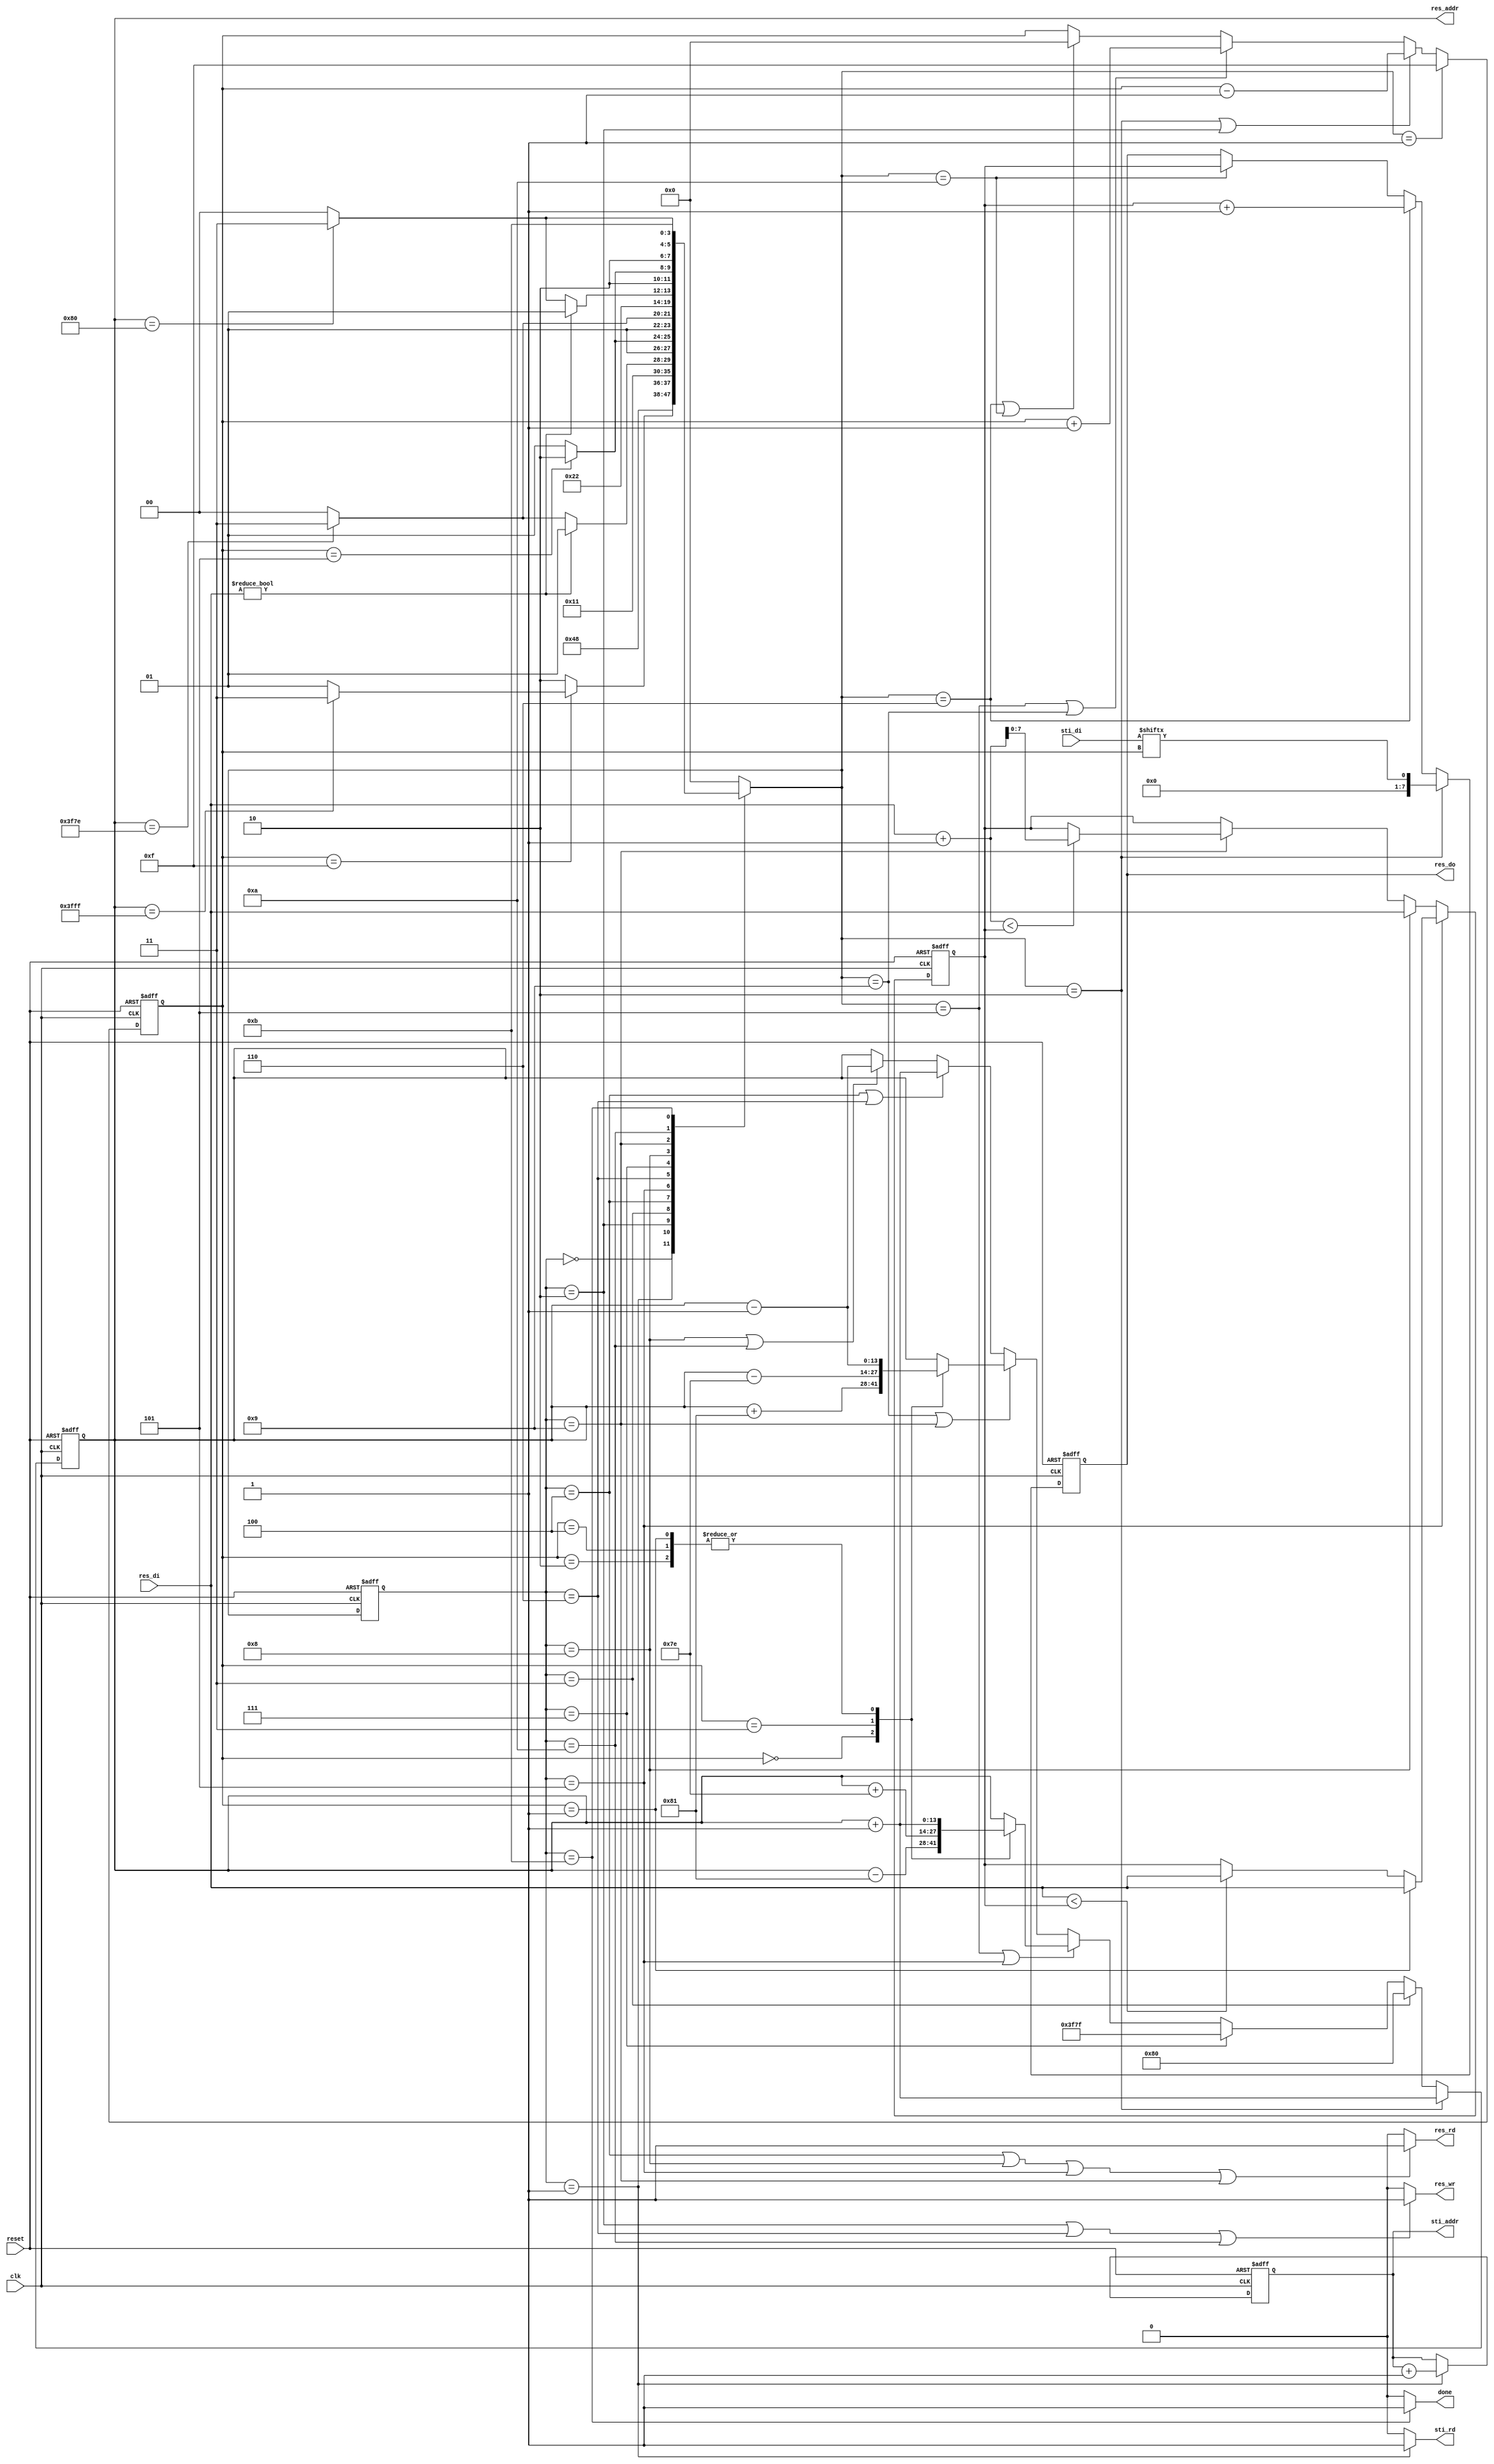
module DT(
	input 			clk, 
	input			reset,
	output	reg		done ,
	output	reg		sti_rd , 
	output	reg 	[9:0]	sti_addr , 
	input		[15:0]	sti_di, // databus for ROM to DT
	output	reg		res_wr , 
	output	reg		res_rd , 
	output	reg 	[13:0]	res_addr , 
	output	reg 	[7:0]	res_do, // databus for writing to RAM
	input		[7:0]	res_di // databus for reading RAM
	);

	reg [3:0] cs,ns,cnt;
	reg [7:0] min;
	
	parameter idle = 4'd0;
	parameter read = 4'd1; // read data from ROM
	parameter write = 4'd2; // save data to RAM
	parameter write_finish = 4'd3;
	parameter forward_read = 4'd4; // read data from RAM for forward
	parameter forward = 4'd5;
	parameter forward_write = 4'd6; // write data to RAM
	parameter forward_finish = 4'd7;
	parameter backward_read = 4'd8; // read data from RAM for backward
	parameter backward = 4'd9;
	parameter backward_write = 4'd10; // write data to RAM
	parameter finish = 4'd11;

	always @(posedge clk , negedge reset) begin
		if(!reset) cs <= idle;
		else cs <= ns;
	end

	always @(*) begin
		case(cs)

			idle: ns = read;

			read: ns = write;

			write: begin
				if(cnt == 15)
				begin
					if(res_addr == 14'd16383) ns = write_finish;
					else ns = read;
				end
				else ns = write;
			end

			write_finish: ns = forward_read;

			forward_read: begin
				if(res_di) ns = forward; // find the first one object
				else begin
					if(res_addr == 14'd16254) ns = forward_finish; // pass the outermost circle
					else ns = forward_read;
				end
			end

			forward: begin
				if(cnt == 5) ns = forward_write;
				else ns = forward;
			end

			forward_write: begin
				if(res_addr == 14'd16254) ns = forward_finish;
				else ns = forward_read;
			end

			forward_finish: ns = backward_read;

			backward_read: begin
				if(res_di) ns = backward;// find the first one object
				else begin
					if(res_addr == 14'd128) ns = finish; // pass the outermost circle
					else ns = backward_read;
				end
			end

			backward: begin
				if(cnt== 5) ns = backward_write;
				else ns = backward;
			end

			backward_write: begin
				if(res_addr == 14'd128) ns = finish;
				else ns = backward_read;
			end

			finish: ns = finish;

			default: ns = idle;

		endcase

	end

	always@(posedge clk or negedge reset)
	begin
		if(!reset) cnt <= 15;
		else if(ns == read) cnt <= 15;
		else if(ns == write || cs == write) cnt <= cnt - 1;
		else if(ns == forward || ns == backward) cnt <= cnt + 1;
		else if(ns == forward_write || ns == backward_write) cnt <= 0;
	end

	always @(*) begin // the signal of reading ROM 
		if (cs == read) sti_rd = 1;
		else sti_rd = 0;
	end

	always @(posedge clk , negedge reset) begin // ROM address
		if(!reset) sti_addr <= 0;
		else if (cs == read) sti_addr <= sti_addr + 1;
		else ;
	end

	always @(*) begin // the signal of writing to RAM
		if (cs == write || cs == forward_write || cs == backward_write) res_wr = 1;
		else res_wr = 0;
	end

	always @(*) begin // the signal of reading RAM
		if(cs == forward_read || cs == backward_read || cs == forward || cs == backward) res_rd = 1;
		else res_rd = 0;
	end

	always @(posedge clk , negedge reset) begin // RAM address
		if(!reset) res_addr <= 14'd16383; 
		else if (ns == write) res_addr <= res_addr + 1;
		else if (cs == write_finish) res_addr <= 128; // pass the outermost circle
		else if (cs == forward_finish) res_addr <= 14'd16255;
		else if (ns == forward || cs == forward) begin
			case(cnt)
			4'd0: res_addr <= res_addr - 129 ; // NW
			4'd1: res_addr <= res_addr + 1 ; // N
			4'd2: res_addr <= res_addr + 1; // NE
			4'd3: res_addr <= res_addr + 126; // W
			4'd4: res_addr <= res_addr + 1; // target
			endcase
		end

		else if (ns == backward || cs == backward) begin
			case(cnt)
			4'd0: res_addr <= res_addr + 129; // SE
			4'd1: res_addr <= res_addr - 1 ; // S
			4'd2: res_addr <= res_addr - 1 ; // SW
			4'd3: res_addr <= res_addr - 126 ; // E
			4'd4: res_addr <= res_addr - 1; // target
			endcase
		end

		else if (cs == forward_read || cs == forward_write) res_addr <= res_addr + 1;
		else if (cs == backward_read || cs == backward_write) res_addr <= res_addr - 1;
	end 

	always @(posedge clk , negedge reset) begin // min function
		if(!reset) min <= 0;
		else if (cs == forward) begin
			if(cnt == 1) min <= res_di;
			else if(res_di < min) min <= res_di;
			else ;
		end
		else if (cs == backward_read) min <= res_di;
		else if (cs == backward) begin
			if(res_di + 1 < min) min <= res_di + 1;
			else;
		end
	end

	always @(posedge clk , negedge reset) begin // RAM
		if(!reset) res_do <= 0;
		else if (ns == write) res_do <= sti_di[cnt];
		else if (ns == forward_write) res_do <= min + 1;
		else if (ns == backward_write) res_do <= min;
	end

	always @(*) begin
		if (cs == finish) done = 1;
		else done = 0;
	end

endmodule